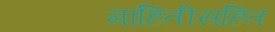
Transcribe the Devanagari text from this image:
माहितीसहित